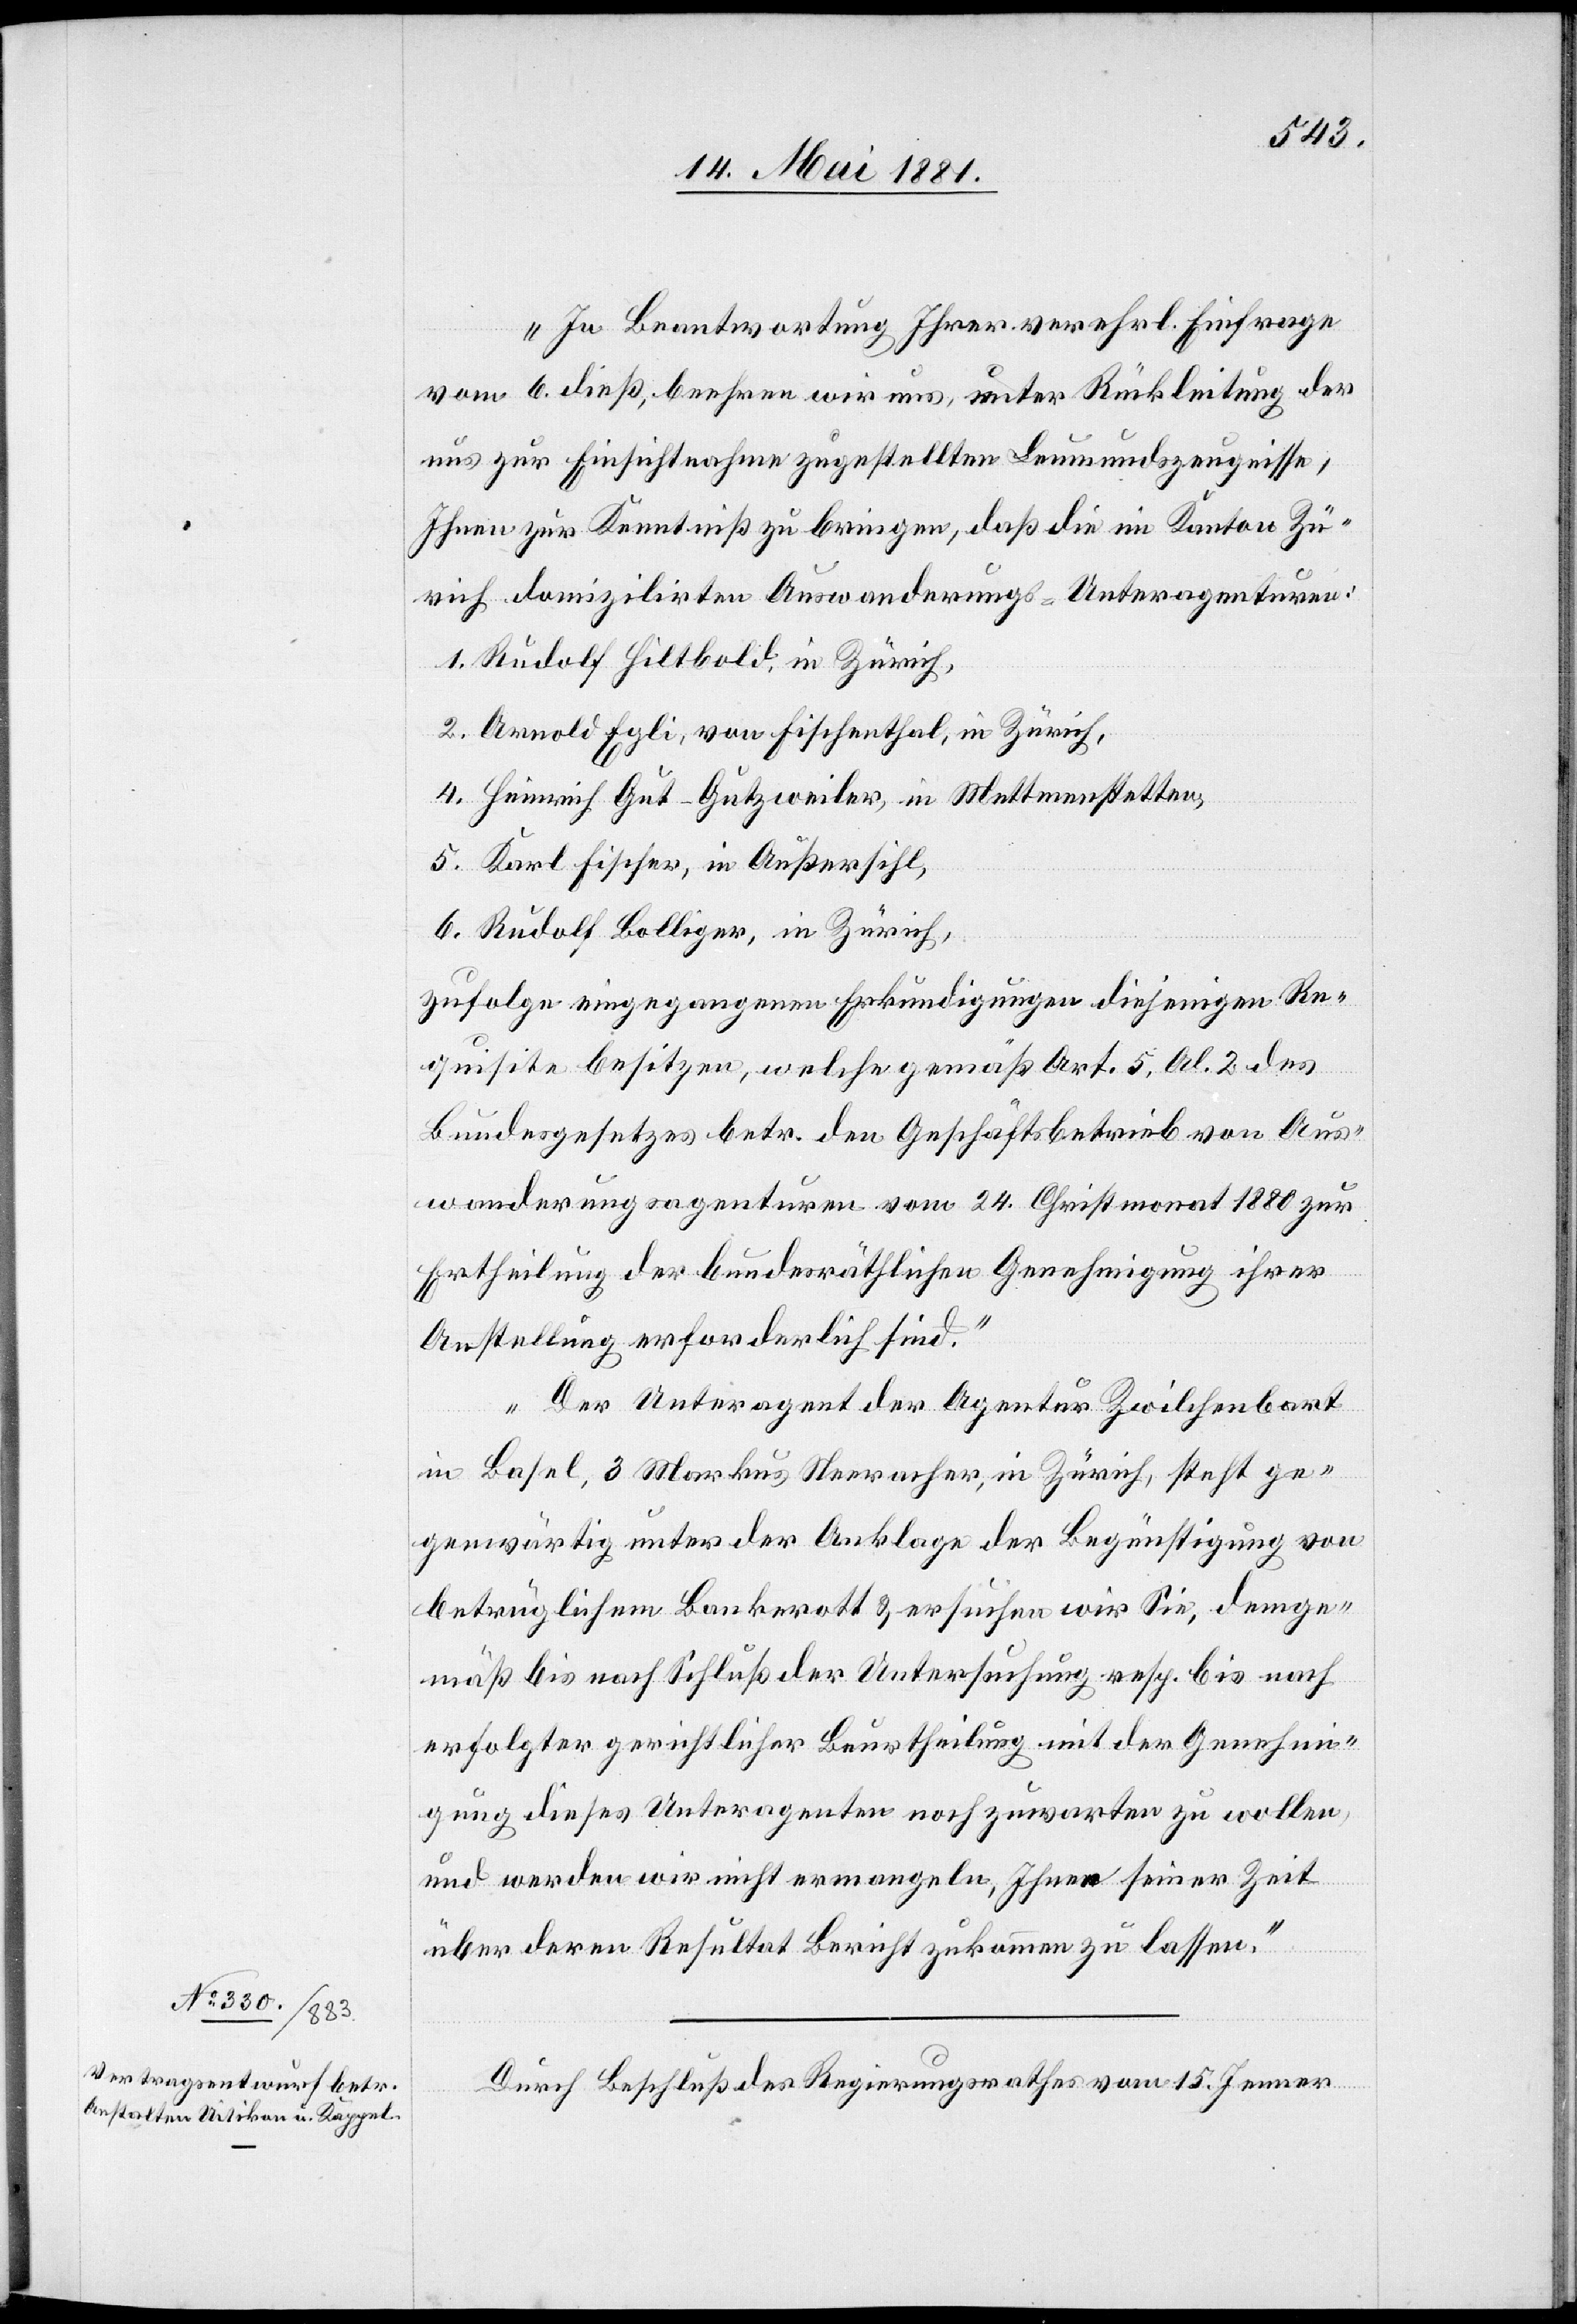
“In Beantwortung Ihrer verehrl. Einfrage
vom 6. dieß, beehren wir uns, unter Rückleitung der
uns zur Einsichtnahme zugestellten Leumundszeugnisse
Ihnen zur Kenntnis zu bringen, daß die im Kanton Zü¬
rich domizilirten Auswanderungs-Unteragenturen:
1. Rudolf Hiltbold, in Zürich,
2. Arnold Egli, von Fischenthal, in Zürich,
Heinrich Gut-Gutzweiler, in Mettmenstetten,
5. Karl Fischer, in Außersihl,
6. Rudolf Bolliger, in Zürich,
zufolge eingegangenen Erkundigungen diejenigen Re¬
quisite besitzen, welche gemäß Art. 5, Al. 2 des
Bundesgesetzes betr. den Geschäftsbetrieb von Aus¬
wanderungsagenturen vom 24. Christmonet 1880 zur
Ertheilung der bundesräthlichen Genehmigung ihrer
Anstellung erforderlich sind.
Der Unteragent der Agentur Zwilchenbart
in Basel, Markus Neeracher, in Zürich, steht ge¬
genwärtig unter der Anklage der Begünstigung von
betrüglichem Bankerott & ersuchen wir Sie, demge¬
mäß bis nach Schluß der Untersuchung resp. bis nach
erfolgter gerichtlicher Beurtheilung mit der Genehmi¬
gung dieses Unteragenten noch zuwarten zu wollen,
und werden wir nicht ermangeln, Ihnen seiner Zeit
über deren Resultat Bericht zukommen zu lassen.“
Durch Beschluß des Regierungsrathes vom 15. Jenner